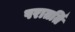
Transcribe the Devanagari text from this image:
परातर्ति